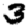
Digit: 3